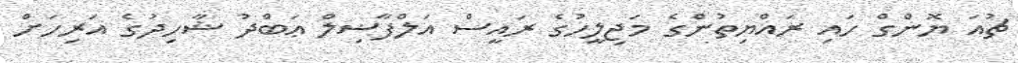
ޗުއަ ޔޮންގް ހައި ރައްޔިތުންގެ މަޖިލީހުގެ ރައީސް އަލްފާޟިލް ޢަބްދު ޝާހިދުގެ އަރިހަށް